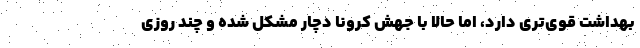
بهداشت قوی‌تری دارد، اما حالا با جهش کرونا دچار مشکل شده و چند روزی